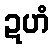
ဍဟံ